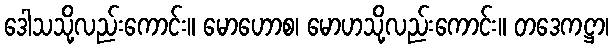
ဒေါသသို့လည်းကောင်း။ မောဟောစ၊ မောဟသို့လည်းကောင်း။ တဒေကဋ္ဌာ၊